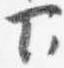
下